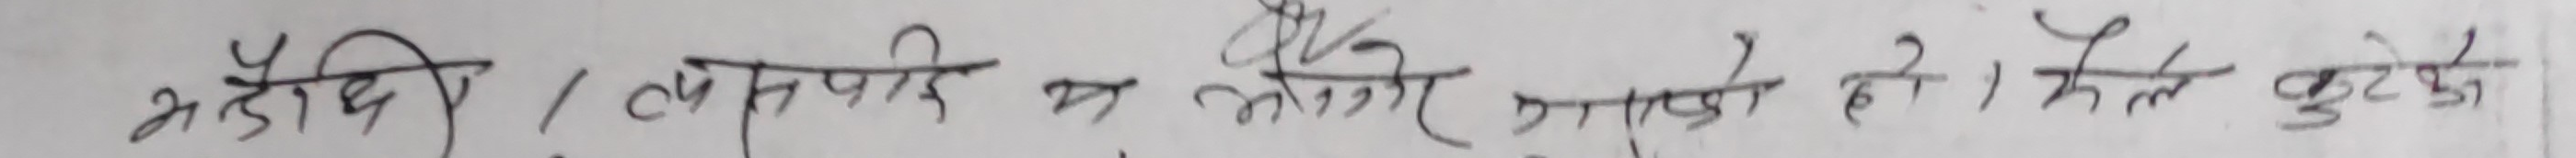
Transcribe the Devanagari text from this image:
मैले / लामो भगर वा सोधे हो । खेत कुटेका